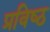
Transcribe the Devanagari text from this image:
प्रविष्‍ठ